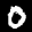
Label: 0